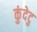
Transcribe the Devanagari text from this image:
कुंदेटु